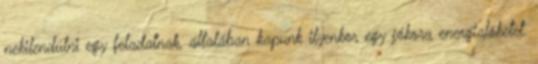
nekilendülni egy feladatnak, általában kapunk ilyenkor egy jókora energialöketet.